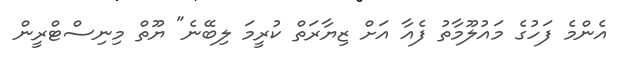
އެންމެ ފަހުގެ މައުލޫމާތު ފެއާ އަށް ޒިޔާރަތް ކުރީމަ ލިބޭނެ" ޔޫތް މިނިސްޓްރީން